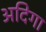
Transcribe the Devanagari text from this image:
अदिगा